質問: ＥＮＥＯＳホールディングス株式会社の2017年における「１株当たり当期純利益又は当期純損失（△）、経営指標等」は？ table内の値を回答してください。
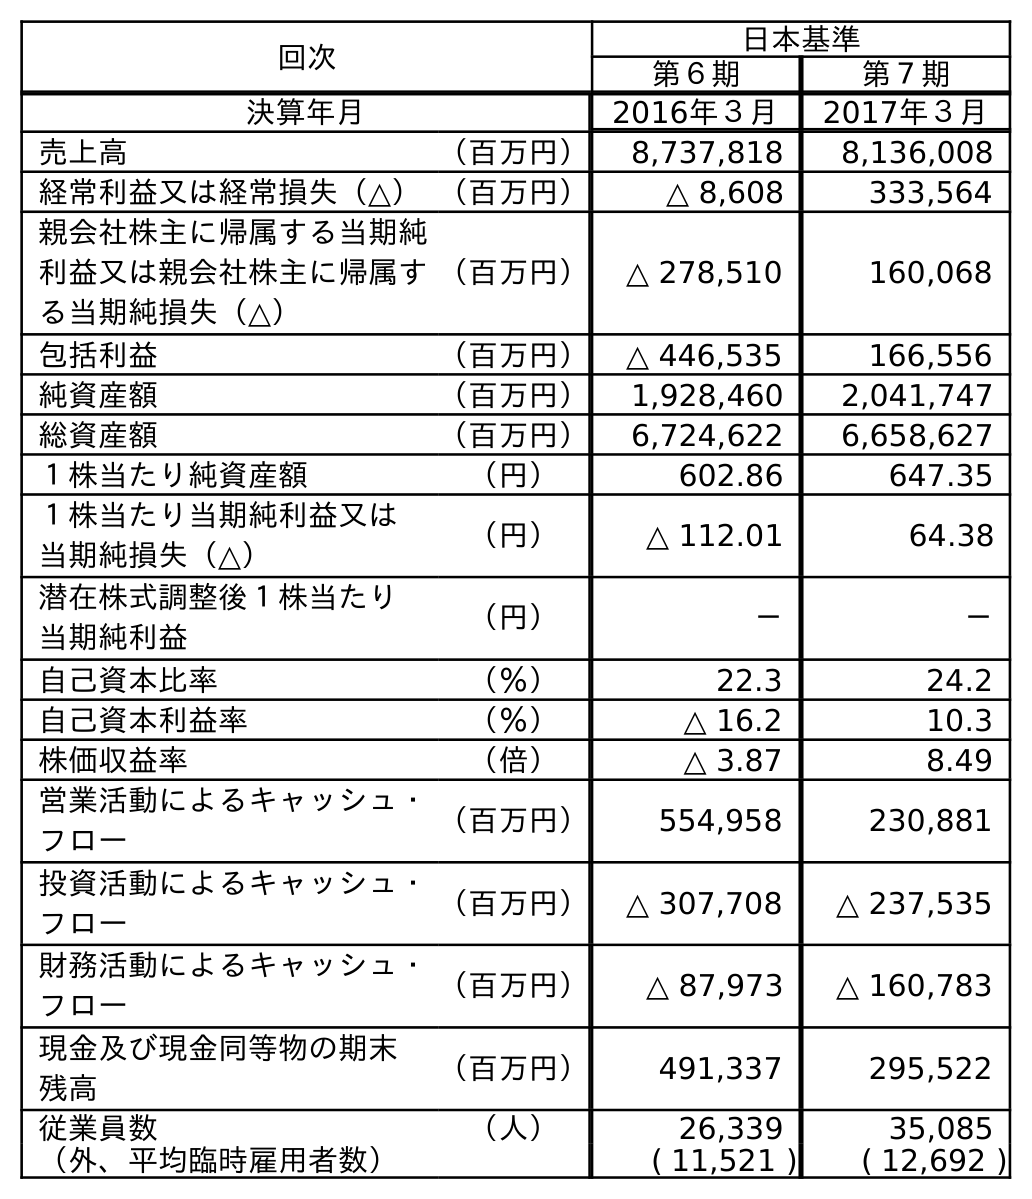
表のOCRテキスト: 回次 日本基準 第６期 第７期 決算年月 2016年３月 2017年３月 売上高 （百万円） 8,737,818 8,136,008 経常利益又は経常損失（△）（百万円） △ 8,608 333,564 親会社株主に帰属する当期純 利益又は親会社株主に帰属す る当期純損失（△） （百万円） △ 278,510 160,068 包括利益 （百万円） △ 446,535 166,556 純資産額 （百万円） 1,928,460 2,041,747 総資産額 （百万円） 6,724,622 6,658,627 １株当たり純資産額 （円） 602.86 647.35 １株当たり当期純利益又は 当期純損失（△） （円） △ 112.01 64.38 潜在株式調整後１株当たり 当期純利益 （円） － － 自己資本比率 （％） 22.3 24.2 自己資本利益率 （％） △ 16.2 10.3 株価収益率 （倍） △ 3.87 8.49 営業活動によるキャッシュ・ フロー （百万円） 554,958 230,881 投資活動によるキャッシュ・ フロー （百万円） △ 307,708 △ 237,535 財務活動によるキャッシュ・ フロー （百万円） △ 87,973 △ 160,783 現金及び現金同等物の期末 残高 （百万円） 491,337 295,522 従業員数 （人） 26,339 35,085 （外、平均臨時雇用者数） ( 11,521 ) ( 12,692 )
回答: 64.38